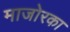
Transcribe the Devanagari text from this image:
माजोरका